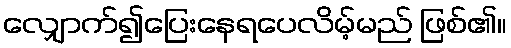
လျှောက်၍ပြေးနေရပေလိမ့်မည် ဖြစ်၏။